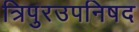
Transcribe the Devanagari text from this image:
त्रिपुरउपनिषद